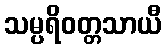
သမ္ပရိဝတ္တသာယီ